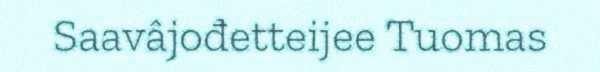
Saavâjođetteijee Tuomas